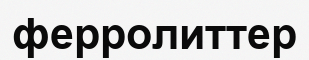
ферролиттер